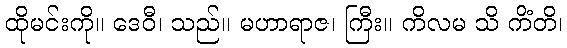
ထိုမင်းကို။ ဒေဝီ၊ သည်။ မဟာရာဇ၊ ကြီး။ ကိလမ သိ ကိံတိ၊